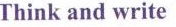
Think and write